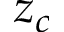
z _ { c }